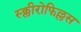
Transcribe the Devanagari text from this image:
स्क्लीरोफिल्लस